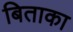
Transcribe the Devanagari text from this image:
बिताका